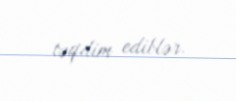
təqdim ediblər.